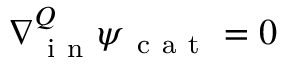
\nabla { } _ { \mathrm { ~ i ~ n ~ } } ^ { Q } \boldsymbol \psi _ { \mathrm { ~ c ~ a ~ t ~ } } = 0